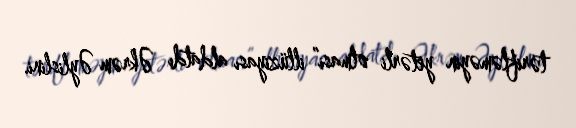
tərifləməyin yetərli olması” illüziyası aldatdı Əkrəm Əylislini.